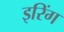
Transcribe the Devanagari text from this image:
इरिंग